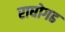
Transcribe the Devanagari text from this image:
राघोगढ